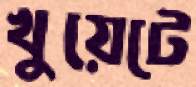
খুয়েটে